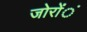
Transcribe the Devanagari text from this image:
जोरोंंं